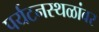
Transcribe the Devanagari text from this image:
पर्यटनस्थळांवर